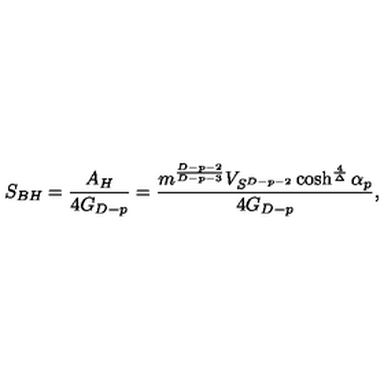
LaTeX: S _ { B H } = { \frac { A _ { H } } { 4 G _ { D - p } } } = { \frac { m ^ { \frac { D - p - 2 } { D - p - 3 } } V _ { S ^ { D - p - 2 } } \cosh ^ { \frac { 4 } { \Delta } } \alpha _ { p } } { 4 G _ { D - p } } } ,